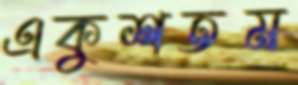
একুশতম